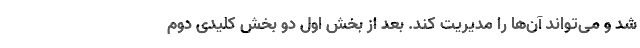
شد و می‌تواند آن‌ها را مدیریت کند. بعد از بخش اول دو بخش کلیدی دوم